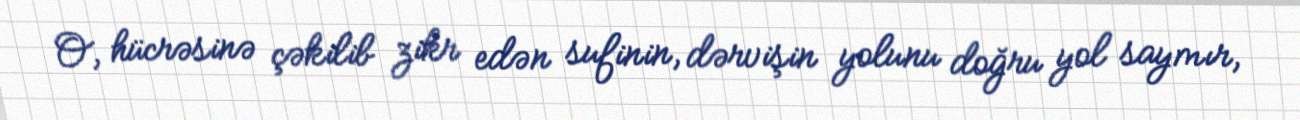
O, hücrəsinə çəkilib zikr edən sufinin, dərvişin yolunu doğru yol saymır,